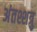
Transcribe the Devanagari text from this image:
अंतश्शत्रु